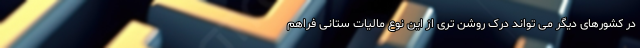
در کشورهای دیگر می تواند درک روشن تری از این نوع مالیات ستانی فراهم